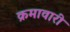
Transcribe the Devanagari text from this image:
क्रमावारी